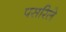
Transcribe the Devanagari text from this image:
पसरिले